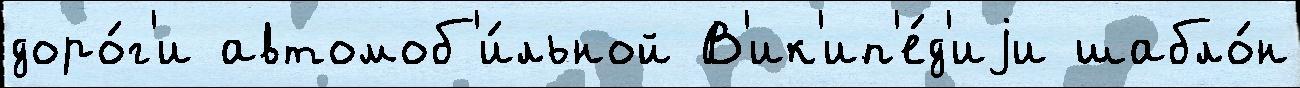
доро́г'и автомоб'и́льной В'ик'ип'е́д'иjи шабло́н